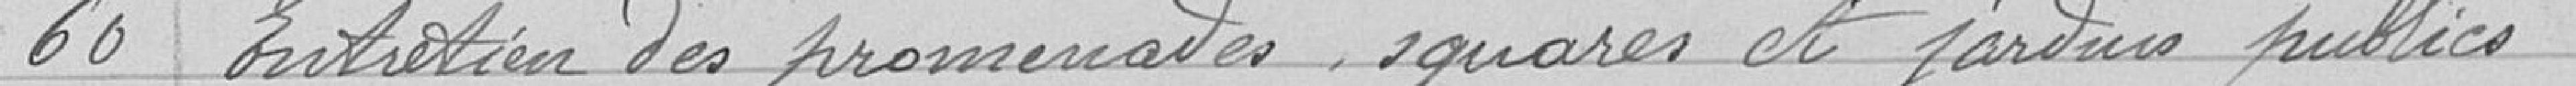
60 Entretien des promenades, squares et jardins publics